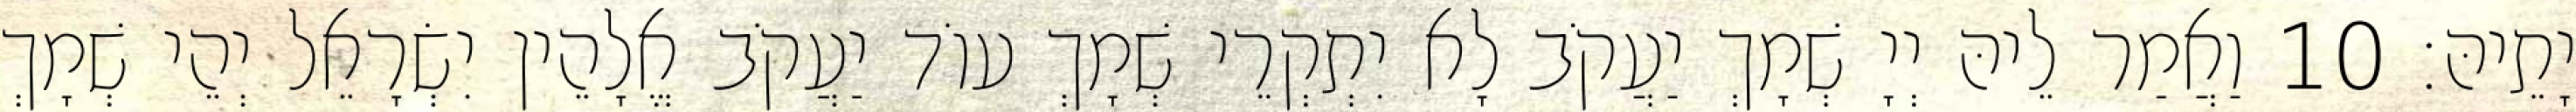
יָתֵיהּ׃ 10 וַאֲמַר לֵיהּ יְיָ שְׁמָךְ יַעֲקֹב לָא יִתְקְרֵי שְׁמָךְ עוֹד יַעֲקֹב אֱלָהֵין יִשְׂרָאֵל יְהֵי שְׁמָךְ